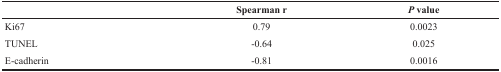
|  | Spearman r | P value |
 | --- | --- | --- |
 | Ki67 | 0.79 | 0.0023 |
 | TUNEL | -0.64 | 0.025 |
 | E-cadherin | -0.81 | 0.0016 |